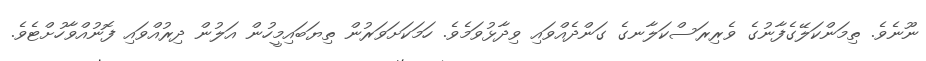
ނޫނެވެ. ތިމަންކަލޭގެފާނުގެ ވެރިރަސްކަލާނގެ ގަންދެއްވައި ވިދާޅުވަމެވެ. ހަމަކަށަވަރުން ތިޔަބައިމީހުން އަލުން ދިރުއްވައި ފޮނުއްވާހުށްޓެވެ.